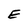
Character: E